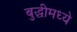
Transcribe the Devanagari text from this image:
बुद्धीमध्ये